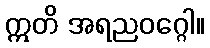
ဣတိ အရညဝဂ္ဂေါ။